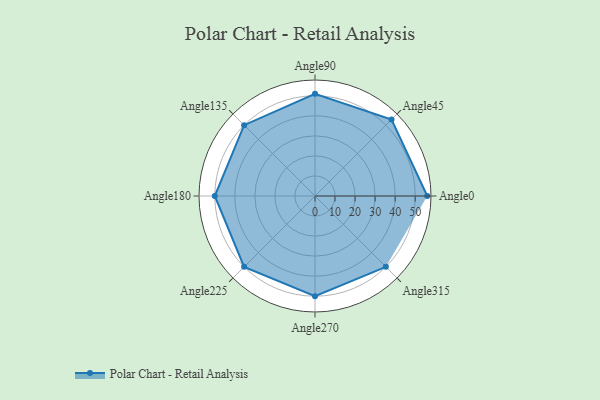
{"axis": {"x": "Angle", "y": "Radius"}, "legend": [""], "data": [{"x": "Angle0", "y": 56.0, "type": ""}, {"x": "Angle45", "y": 54.0, "type": ""}, {"x": "Angle90", "y": 51.0, "type": ""}, {"x": "Angle135", "y": 50.0, "type": ""}, {"x": "Angle180", "y": 50, "type": ""}, {"x": "Angle225", "y": 50, "type": ""}, {"x": "Angle270", "y": 50, "type": ""}, {"x": "Angle315", "y": 50, "type": ""}]}